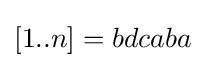
[1..n]=bdcaba